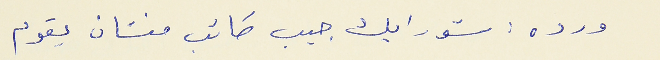
ورده : شو رايك جيب كاتب منشان يقوم